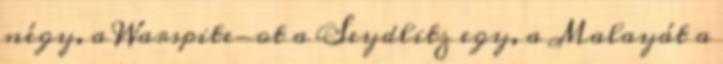
négy, a Warspite-ot a Seydlitz egy, a Malayát a